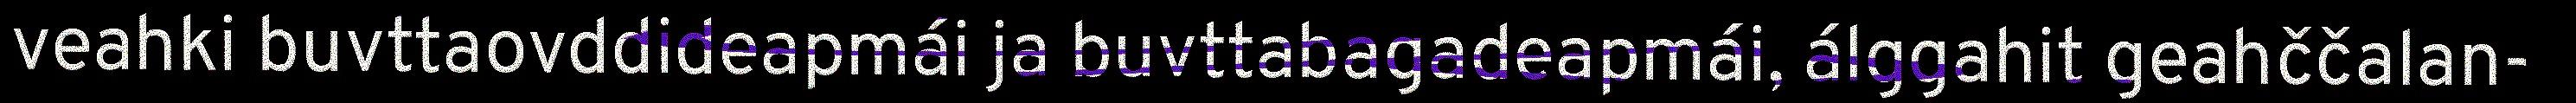
veahki buvttaovddideapmái ja buvttabagadeapmái, álggahit geahččalan-